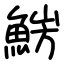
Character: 𩷜